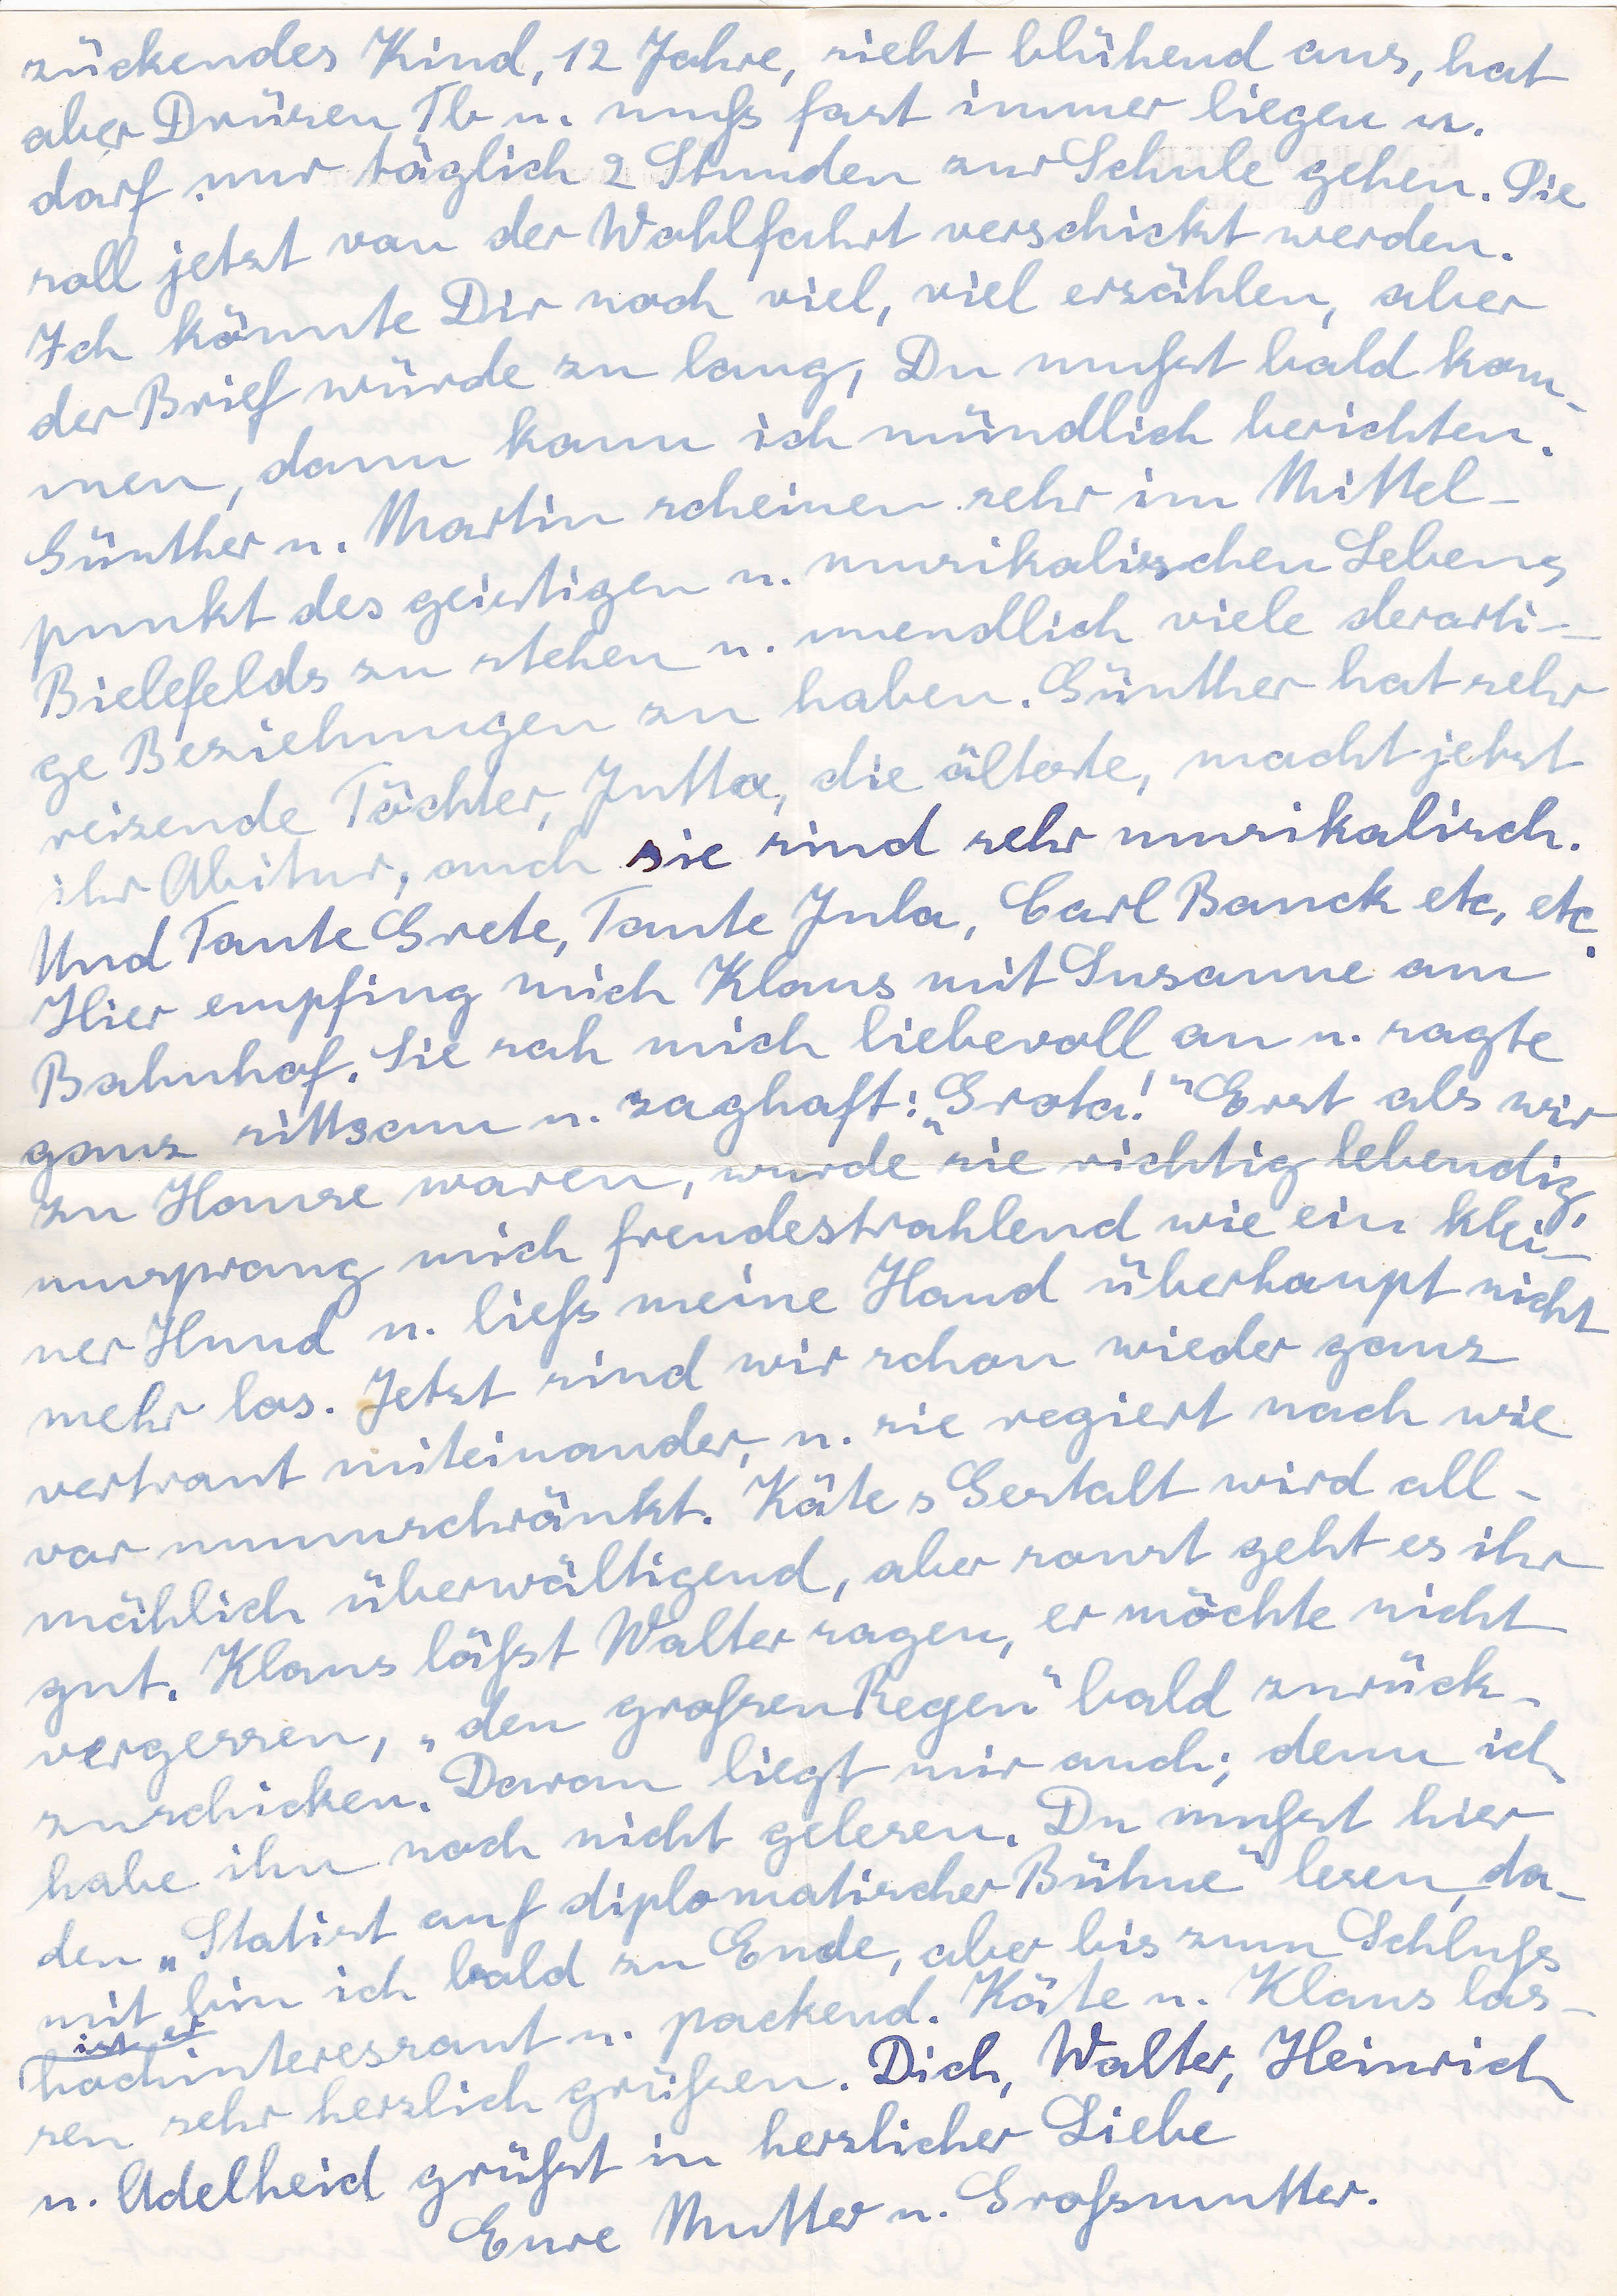
zückendes Kind, 12 Jahre, sieht blühend aus, hat
aber Drüsen Tb u. muß fast immer liegen u.
darf nur täglich 2 Stunden zur Schule gehen. Sie
soll jetzt von der Wohlfahrt verschickt werden.
Ich könnte dir noch viel, viel erzählen, aber
der Brief würde zu lang, Du mußt bald kom
men, dann kann ich mündlich berichten.
Günther u. Martin scheinen sehr im Mittel
punkt des geistigen u. musikalischen Lebens
Bielefelds zu stehen u. unendlich viele derarti
ge Beziehungen zu haben. Günther hat sehr
reizende Töchter, Jutta, die älteste, macht jetzt
ihr Abitur, auch sie sind sehr musikalisch.
Und Tante Grete, Tante Jula, Carl Banck etc. etc.
Hier empfing mich Klaus mit Susanne am
Bahnhof. Sie sah mich liebevoll an u. sagte
ganz sittsam u. zaghaft: Grota! Erst als wir
im Hause waren, wurde sie richtig lebendig,
umsprang mich freudestrahlend wie ein klei
ner Hund u. ließ meine Hand überhaupt nicht
mehr los. Jetztsind wir schon wieder ganz
vertraut miteinander u. sie regiert nach wie
vor unumschränkt. Käte s Gestalt wird all
mählich überwältigend, aber sonst geht es ihr
gut. Klaus läßt Walter sagen, er möchte nicht
vergessen, den großen Regen bald zurück
zuschicken. Daran liegt mir auch; denn ich
habe ihn noch nicht gelesen. Du mußt hier
den Statist auf diplomatischer Bühne lesen, da
mit bin ich bald zu Ende, aber bis zum Schluß
hochinteressant u. packend. Käte u. Klaus las
sen sehr herzlich grüßen. Dich Walter, Heinrich
u. Adelheid grüßt in herzlicher Liebe
Eure Mutter u. Großmutter